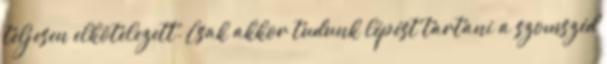
teljesen elkötelezett. Csak akkor tudunk lépést tartani a szomszéd